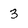
Character: 3